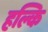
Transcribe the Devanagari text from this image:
हल्कि